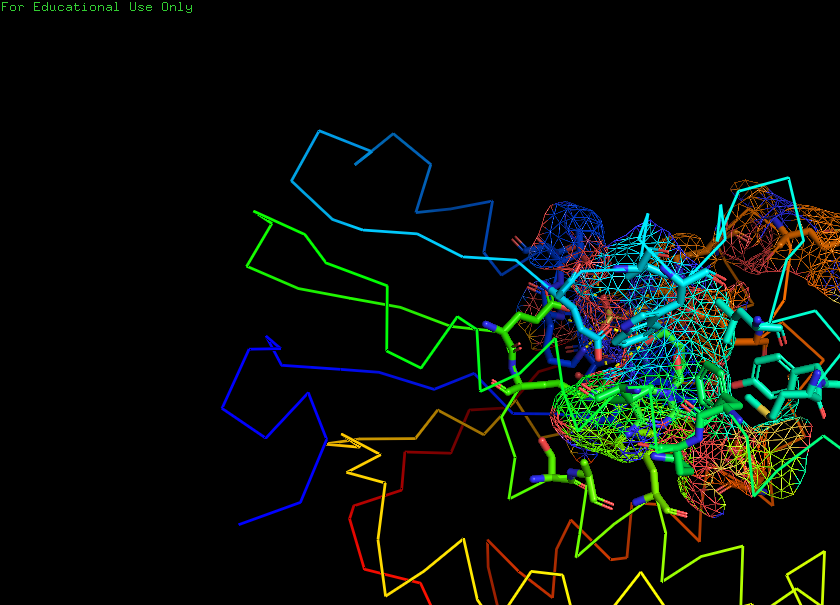
pymol, preset, ligand_sites_mesh